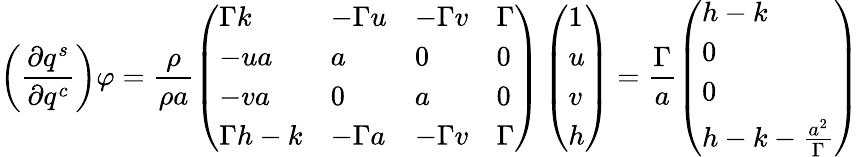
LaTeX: \left(\frac{\partial q^{s}}{\partial q^{c}}\right)\varphi=\frac{\rho}{\rho a}\left(\begin{array}{llll}{\Gamma k}&{-\Gamma u}&{-\Gamma v}&{\Gamma}\\ {-ua}&{a}&{0}&{0}\\ {-va}&{0}&{a}&{0}\\ {\Gamma h-k}&{-\Gamma a}&{-\Gamma v}&{\Gamma}\end{array}\right)\left(\begin{array}{l}{1}\\ {u}\\ {v}\\ {h}\end{array}\right)=\frac{\Gamma}{a}\left(\begin{array}{l}{h-k}\\ {0}\\ {0}\\ {h-k-\frac{a^{2}}{\Gamma}}\end{array}\right)